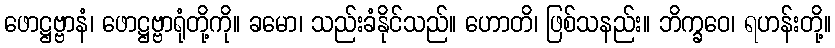
ဖောဋ္ဌဗ္ဗာနံ၊ ဖောဋ္ဌဗ္ဗာရုံတို့ကို။ ခမော၊ သည်းခံနိုင်သည်။ ဟောတိ၊ ဖြစ်သနည်း။ ဘိက္ခဝေ၊ ရဟန်းတို့။